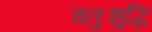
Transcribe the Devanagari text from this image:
चतुःशुद्धि